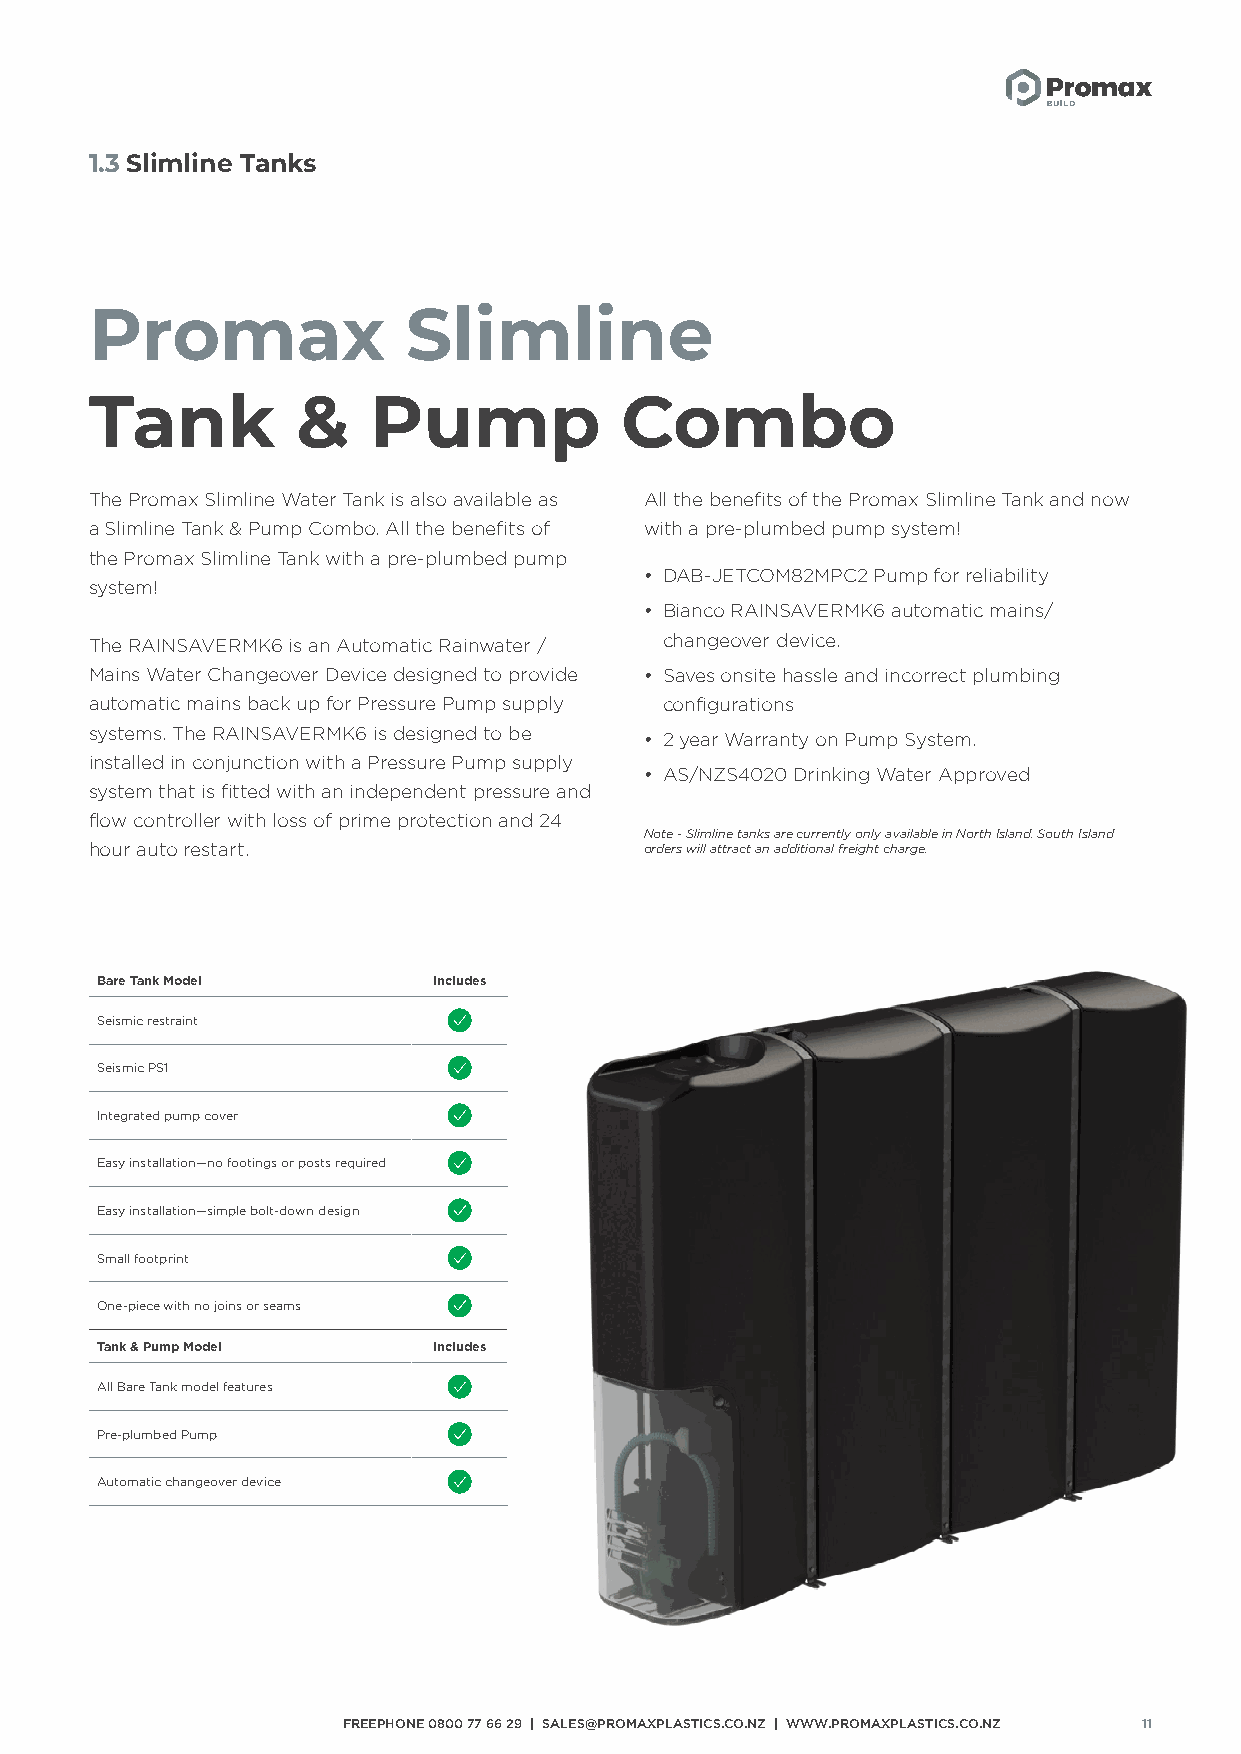
1.3 Slimline Tanks
 Promax               Slimline
 Tank          &   Pump             Combo
 The Promax Slimline Water Tank is also available as All the benefits of the Promax Slimline Tank and now
 a Slimline Tank & Pump Combo. All the benefits of with a pre-plumbed pump system!
 the Promax Slimline Tank with a pre-plumbed pump
 • DAB-JETCOM82MPC2 Pump for reliability
 system!
 • Bianco RAINSAVERMK6 automatic mains/
 The RAINSAVERMK6 is an Automatic Rainwater / changeover device.
 Mains Water Changeover Device designed to provide • Saves onsite hassle and incorrect plumbing
 automatic mains back up for Pressure Pump supply configurations
 systems. The RAINSAVERMK6 is designed to be
 • 2 year Warranty on Pump System.
 installed in conjunction with a Pressure Pump supply
 • AS/NZS4020 Drinking Water Approved
 system that is fitted with an independent pressure and
 flow controller with loss of prime protection and 24
 Note - Slimline tanks are currently only available in North Island. South Island
 hour auto restart.                   orders will attract an additional freight charge.
 Bare Tank Model        Includes
 Seismic restraint
 Seismic PS1
 Integrated pump cover
 Easy installation—no footings or posts required
 Easy installation—simple bolt-down design
 Small footprint
 One-piece with no joins or seams
 Tank & Pump Model      Includes
 All Bare Tank model features
 Pre-plumbed Pump
 Automatic changeover device
 FREEPHONE 0800 77 66 29 | SALES@PROMAXPLASTICS.CO.NZ | WWW.PROMAXPLASTICS.CO.NZ 11